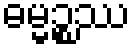
ဓမ္မဉ္စဿ